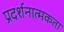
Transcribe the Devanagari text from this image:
प्रदर्शनात्मकता